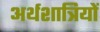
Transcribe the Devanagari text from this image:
अर्थशात्रियों